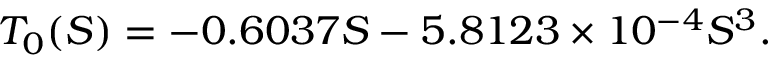
T _ { 0 } ( S ) = - 0 . 6 0 3 7 S - 5 . 8 1 2 3 \times 1 0 ^ { - 4 } S ^ { 3 } .